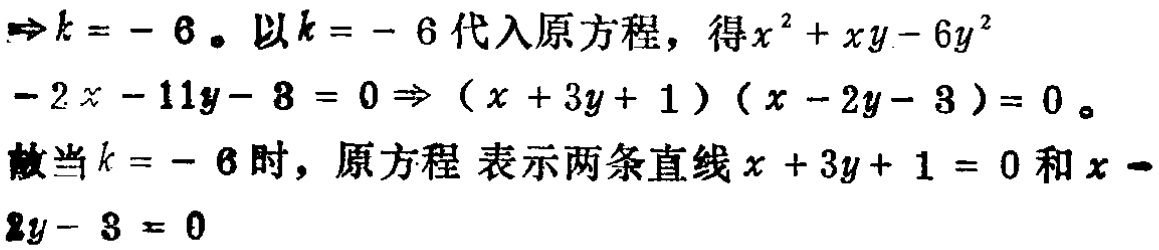
$\Rightarrow k=-6。以k = - 6代入原方程，得x^{2}+xy - 6y^{2}$
$-2x-11y - 8 = 0\Rightarrow(x + 3y + 1)(x - 2y - 3)=0。$
$故当k = - 6时，原方程表示两条直线x + 3y + 1 = 0和x -$
$2y - 3 = 0$